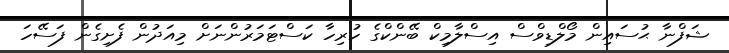
ޝަފްނާ ޙުސައިން މޯލްޑިވްސް އިސްލާމިކް ބޭންކްގެ ހުރިހާ ކަސްޓަމަރުންނަށް މިއަދުން ފެށިގެން ފަސޭހަ